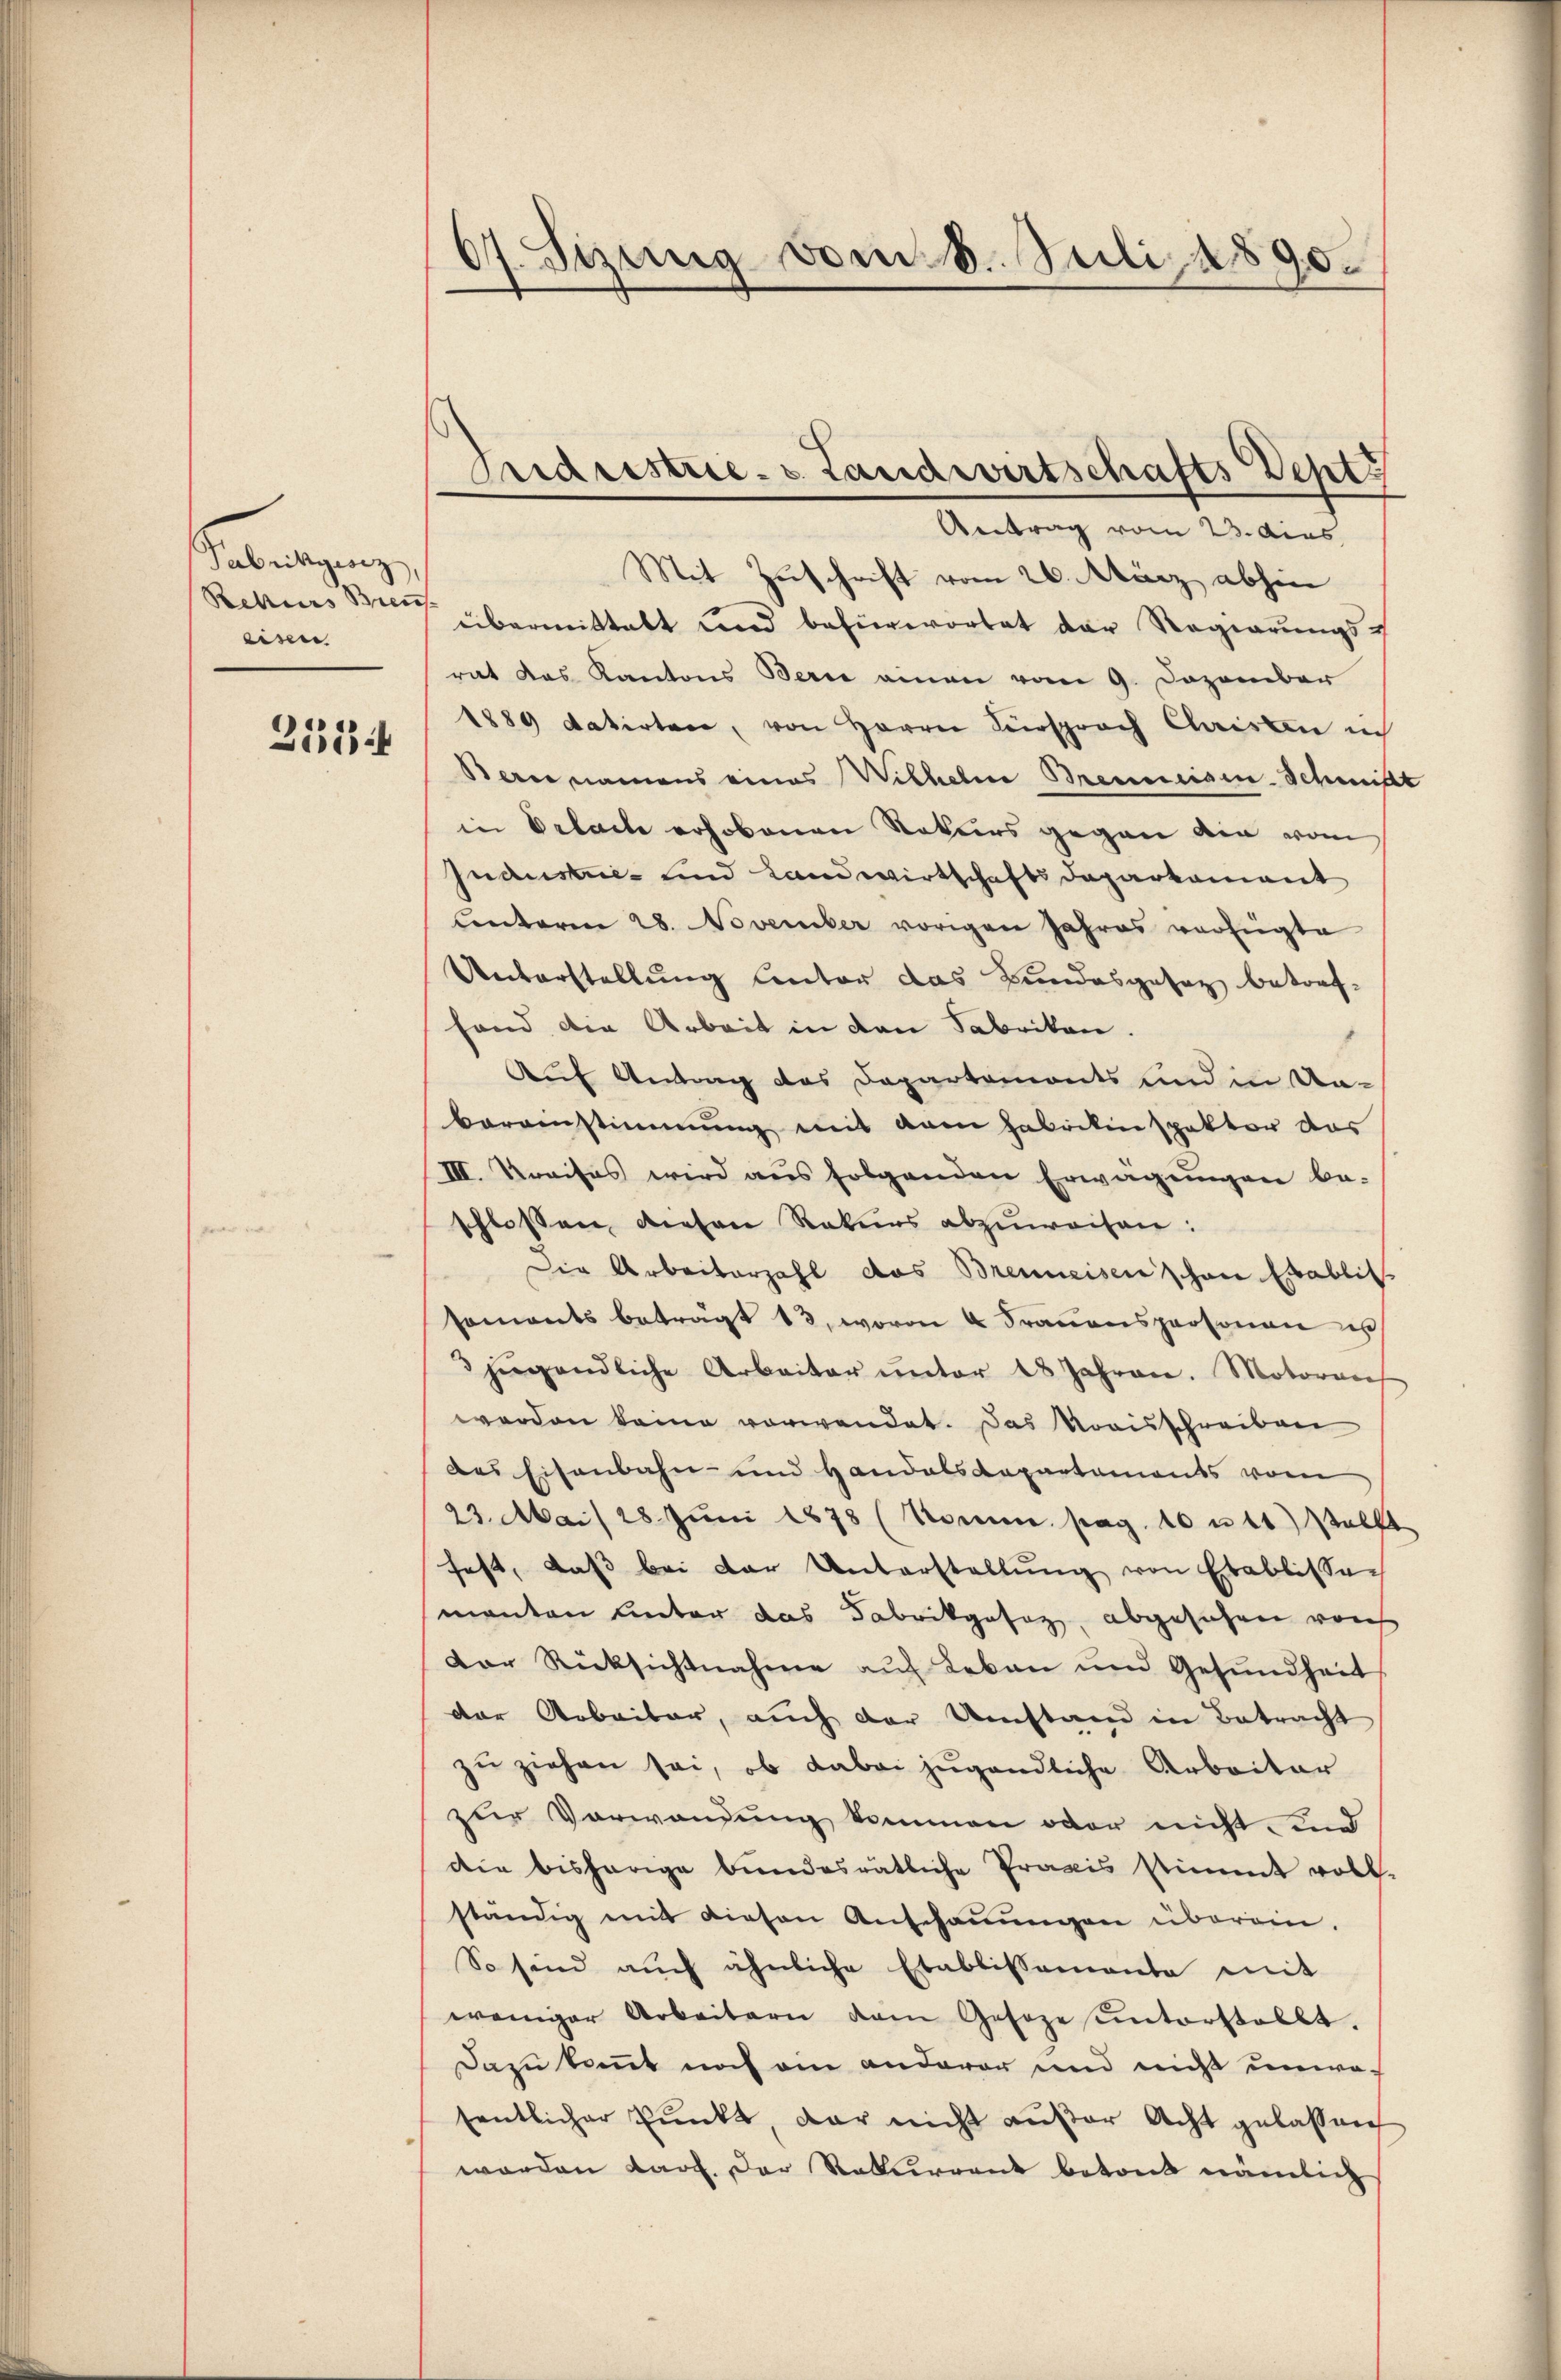
Gabringunge
Rekurs Bren
eisen

2534

07. Seinig vom 8. Juli 1890.

Araristrie. v. Landwirtschafts Sept
Antrag vom 23. dies

Mit Zuschrift vom 26. März abhin
übermittelt und befürwortet der Regierŭngs-
rat das Kantons Bern einen vom 9. Dezember
1889 datirten, von Herrn Versprach Christen in
Berne namens eines Wilhelm Brenneisen-Schmitt
in Delache erhobenen Naturs gegen die vom
Industrie- und Landwirtschafts Daparkament
Cinteren 28. November vorigen Jahres verfügte
Unterstellung unter das Bundesgesez betreffand die Arbeit in den Fabriken.
Auf Antrag des Departemonts und in Un-
bereinstimmung mit vom Fabrikinspektor das
III. Kreises wird aus folgenden Erwägŭngen be-
schlossen, diesen Rekurs abzuweisen:
Die Arbeiterzahl das Brenneisen schon Etablis.
saments beträgt 13, wovon u Fraŭenspersonen u
3 jugendliche Arbeiter ŭnter 18 Jahren. Motoren
werden keine verwendet. Das Noaisschreiben
des Eisenbahn- und Handelsdepartements vom
23. Mai 28. Jŭni 1878 (Komm. pag. 10 u 11) stellt
fest, daβ bei der Unterstallŭng von Etablissen
manten unter das Fabrikgesez abgesehen von
Der Rücksichtnahme auf Leben und Gesundheit
der Arbeiter, auch der Umstand in Betracht
zu ziehen sei, ob dabei jugendliche Arbeiter
zur Vorwandung kommen oder nicht, und
die bisherige bŭndesrätliche Praxis stimmt voll-
ständig mit diesen Anschauungen überein.
So sind auch ähnliche Etablissemente mit
weniger Arbeitern dem Geseze unterstellt.
Dazu kannt noch am anderer und nicht unwasentlicher Pŭnkt, dar nicht aŭβer Acht gelassen
worden Land. Der Rekurrent betond nämlich